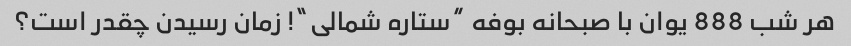
هر شب 888 یوان با صبحانه بوفه “ستاره شمالی”! زمان رسیدن چقدر است؟